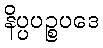
နိပ္ပပဉ္စပဒေ